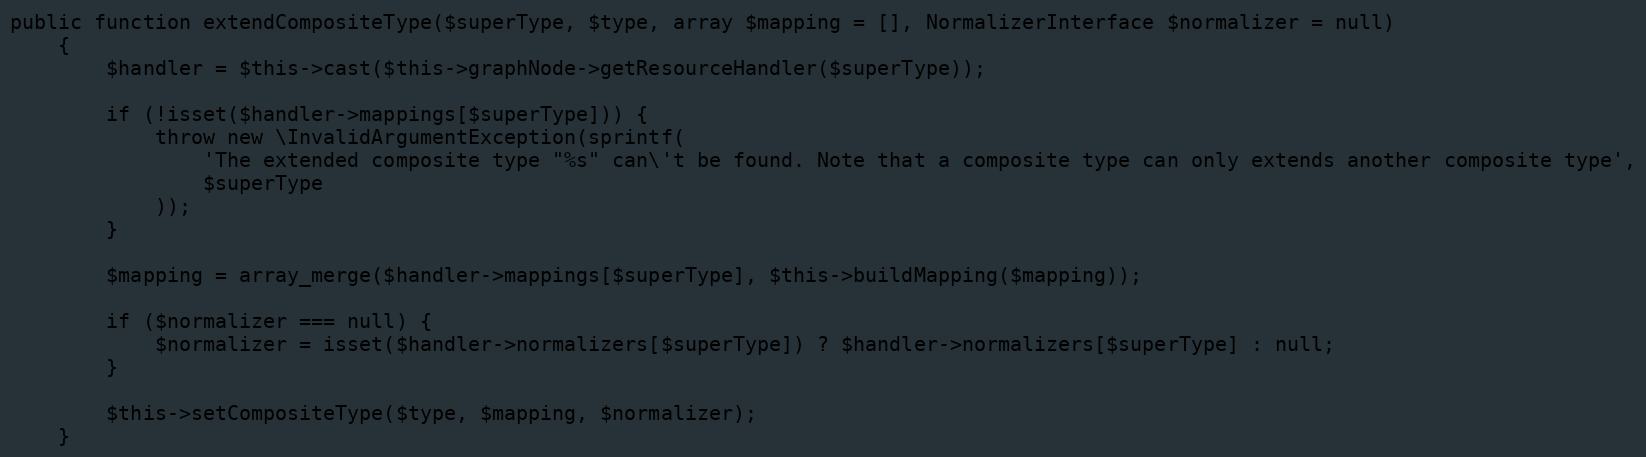
Language: PHP
public function extendCompositeType($superType, $type, array $mapping = [], NormalizerInterface $normalizer = null)
    {
        $handler = $this->cast($this->graphNode->getResourceHandler($superType));

        if (!isset($handler->mappings[$superType])) {
            throw new \InvalidArgumentException(sprintf(
                'The extended composite type "%s" can\'t be found. Note that a composite type can only extends another composite type',
                $superType
            ));
        }

        $mapping = array_merge($handler->mappings[$superType], $this->buildMapping($mapping));

        if ($normalizer === null) {
            $normalizer = isset($handler->normalizers[$superType]) ? $handler->normalizers[$superType] : null;
        }

        $this->setCompositeType($type, $mapping, $normalizer);
    }